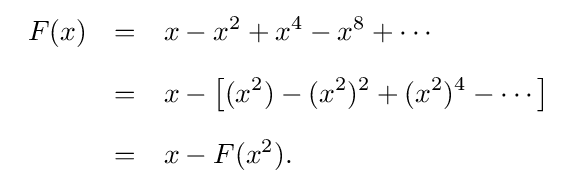
{\begin{array}{rcl}F(x)&=&\displaystyle x-x^{2}+x^{4}-x^{8}+\cdots \\[1em]&=&\displaystyle x-\left[(x^{2})-(x^{2})^{2}+(x^{2})^{4}-\cdots \right]\\[1em]&=&\displaystyle x-F(x^{2}).\end{array}}